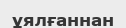
ұялғаннан